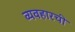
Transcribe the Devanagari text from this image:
व्यवहारची